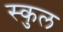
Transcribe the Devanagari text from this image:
स्‍कुल